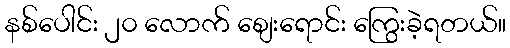
နစ်ပေါင်း ၂၀ လောက် စျေးရောင်း ကြွေးခဲ့ရတယ်။